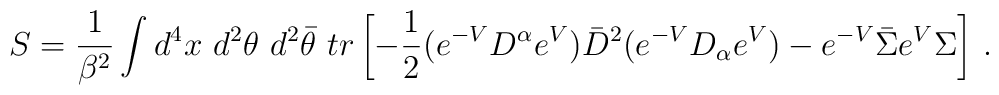
S=\frac{1}{\beta^2} \int d^4x~ d^2\theta~ d^2\bar{\theta}~tr\left[-\frac{1}{2}(e^{-V}D^\alpha e^V)\bar D^2(e^{-V}D_\alpha e^V)-e^{-V} \bar\Sigma e^V \Sigma\right] \, .